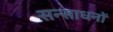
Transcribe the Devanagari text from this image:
सन्साधनों